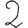
Digit: 2